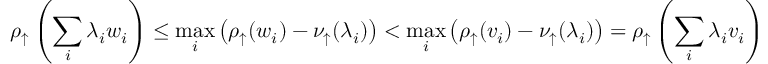
\rho _ { \uparrow } \left( \sum _ { i } \lambda _ { i } w _ { i } \right) \leq \operatorname* { m a x } _ { i } \left( \rho _ { \uparrow } ( w _ { i } ) - \nu _ { \uparrow } ( \lambda _ { i } ) \right) < \operatorname* { m a x } _ { i } \left( \rho _ { \uparrow } ( v _ { i } ) - \nu _ { \uparrow } ( \lambda _ { i } ) \right) = \rho _ { \uparrow } \left( \sum _ { i } \lambda _ { i } v _ { i } \right)